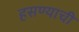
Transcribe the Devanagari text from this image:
हसण्याची